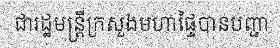
ជារដ្ឋមន្ត្រីក្រសួងមហាផ្ទៃបានបញ្ជា